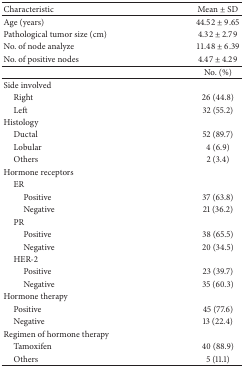
<table><thead><tr><td><b>Characteristic</b></td><td><b>Mean ± SD</b></td></tr></thead><tbody><tr><td>Age (years)</td><td>44.52 ± 9.65</td></tr><tr><td>Pathological tumor size (cm)</td><td>4.32 ± 2.79</td></tr><tr><td>No. of node analyze</td><td>11.48 ± 6.39</td></tr><tr><td>No. of positive nodes</td><td>4.47 ± 4.29</td></tr><tr><td> </td><td>No. (%)</td></tr><tr><td>Side involved</td><td> </td></tr><tr><td> Right</td><td>26 (44.8)</td></tr><tr><td> Left</td><td>32 (55.2)</td></tr><tr><td>Histology</td><td> </td></tr><tr><td> Ductal</td><td>52 (89.7)</td></tr><tr><td> Lobular</td><td>4 (6.9)</td></tr><tr><td> Others</td><td>2 (3.4)</td></tr><tr><td>Hormone receptors</td><td> </td></tr><tr><td> ER</td><td> </td></tr><tr><td>Positive</td><td>37 (63.8)</td></tr><tr><td>Negative</td><td>21 (36.2)</td></tr><tr><td> PR</td><td> </td></tr><tr><td>Positive</td><td>38 (65.5)</td></tr><tr><td>Negative</td><td>20 (34.5)</td></tr><tr><td> HER-2</td><td> </td></tr><tr><td>Positive</td><td>23 (39.7)</td></tr><tr><td>Negative </td><td>35 (60.3)</td></tr><tr><td>Hormone therapy</td><td> </td></tr><tr><td> Positive</td><td>45 (77.6)</td></tr><tr><td> Negative</td><td>13 (22.4)</td></tr><tr><td>Regimen of hormone therapy</td><td> </td></tr><tr><td> Tamoxifen</td><td>40 (88.9)</td></tr><tr><td> Others</td><td>5 (11.1)</td></tr></tbody></table>